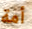
أمة